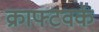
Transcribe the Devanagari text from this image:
क्राफ्टवर्क